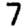
Digit: 7